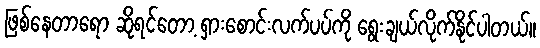
ဖြစ်နေတာရော ဆိုရင်တော့ ရှားစောင်းလက်ပပ်ကို ရွေးချယ်လိုက်နိုင်ပါတယ်။